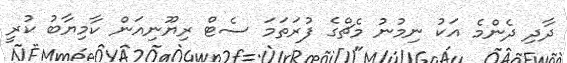
ދާދި ދެންމެ އަކު ނިމުނު މެޗްގެ ފުރަތަމަ ސެޓް ރިޔޫނިއަން ކާމިޔާބު ކުރީ